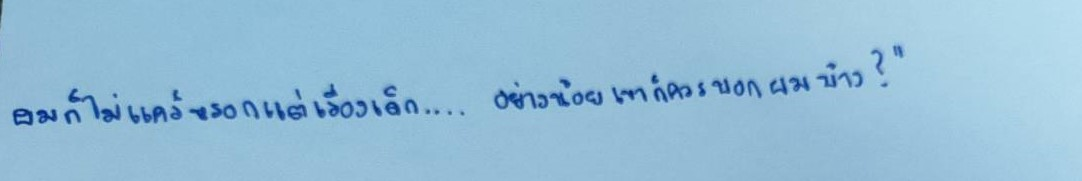
ผมก็ไม่แคร์หรอกแต่เรื่องเด็ก....อย่างน้อยเขาก็ควรบอกผมบ้าง?"